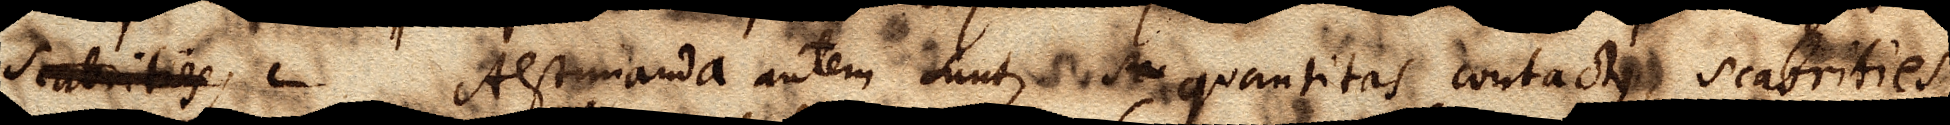
scabrities, L Aestimanda autem sunt, sca quantitas contactus, scabrities,